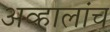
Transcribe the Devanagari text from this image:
अव्हालांच